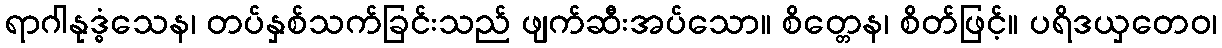
ရာဂါနုဒ္ဓံသေန၊ တပ်နှစ်သက်ခြင်းသည် ဖျက်ဆီးအပ်သော။ စိတ္တေန၊ စိတ်ဖြင့်။ ပရိဒယှတေဝ၊